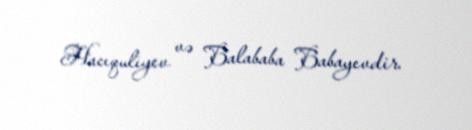
Hacıquliyev və Balababa Babayevdir.